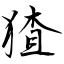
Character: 猹